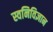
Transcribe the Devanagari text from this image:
स्वनिविज्ञान